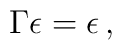
\Gamma \epsilon = \epsilon \, ,